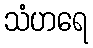
သံဟရေ